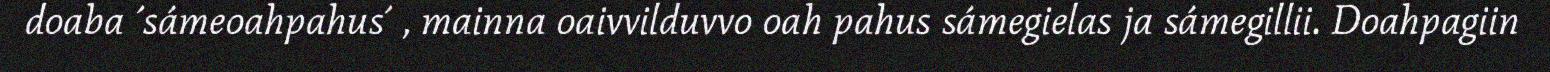
doaba ´sámeoahpahus´ , mainna oaivvilduvvo oah pahus sámegielas ja sámegillii. Doahpagiin